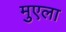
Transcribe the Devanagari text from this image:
मुएला